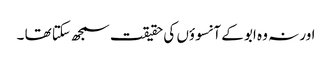
اور نہ وہ ابو کے آنسوؤں کی حقیقت سمجھ سکتا تھا ۔